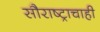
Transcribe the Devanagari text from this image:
सौराष्ट्राचाही